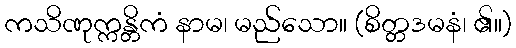
ကသိဏုက္ကန္တိကံ နာမ၊ မည်သော။ (စိတ္တဒမနံ၊ ၏။)